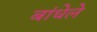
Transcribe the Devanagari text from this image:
बांधेले